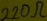
Text: 220Ω